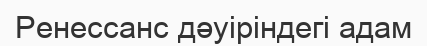
Ренессанс дәуіріндегі адам